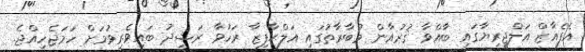
އެފެއާޒް އަލްޖީރިޔާގައި ބާއްވާ ޤުރުއާން މުބާރާތުގައި އަލްޙާފިޒާ ރަހުވާ ރަޝީދު ބައިވެރިވުމަށް ހަމަޖެހިއްޖެ.